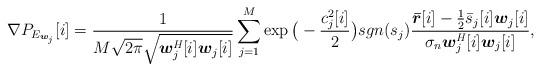
LaTeX: \begin{align*} \nabla P_{E_{{\boldsymbol w}_j}}[i] = \frac{1}{M\sqrt {2\pi}\sqrt{{\boldsymbol w}^\emph{H}_j[i]{\boldsymbol w}_j[i]}}\sum^{M}_{j=1}\exp\big(-\frac{c^2_j[i]}{2}\big)sgn(s_j) \frac{{\boldsymbol{\bar{r}}}[i] - \frac{1}{2}\bar{s}_j[i]{\boldsymbol w}_j[i]}{\sigma_{n}{\boldsymbol w}^\emph{H}_j[i]{\boldsymbol w}_j[i]},\end{align*}